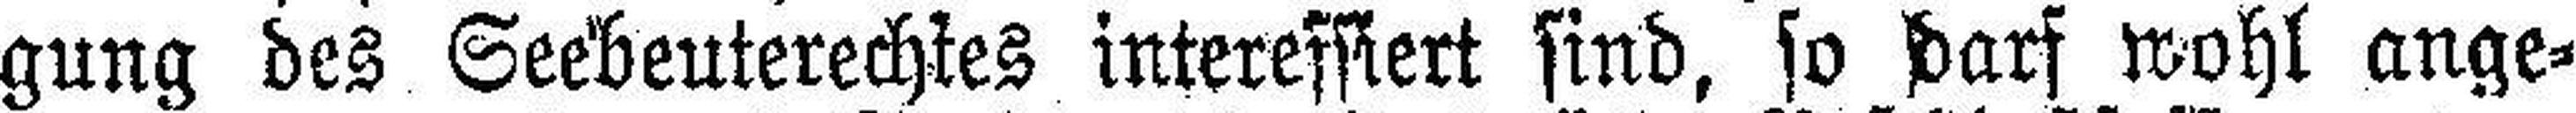
gung des Seebeuterechtes interessiert sind, so darf wohl ange¬